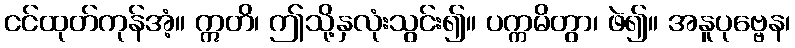
ငင်ထုတ်ကုန်အံ့။ ဣတိ၊ ဤသို့နှလုံးသွင်း၍။ ပက္ကမိတွာ၊ ဖဲ၍။ အနူပုဗ္ဗေန၊